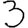
Digit: 3